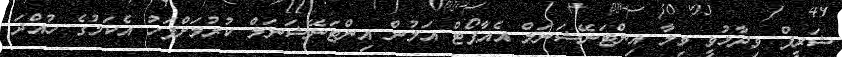
ޝަރީފް ވިދާޅުވީ ވިލާ އިންޓަނޭޝަނަލް އެއާޕޯޓް އަލުން އިންޓަނޭޝަނަލް ކުރުމަށްފަހު އެކަމުގެ ހުއްދަ